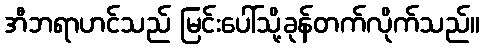
အီဘရာဟင်သည် မြင်းပေါ်သို့ခုန်တက်လိုက်သည်။